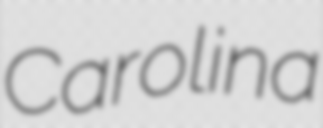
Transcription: Carolina